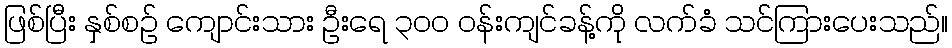
ဖြစ်ပြီး နှစ်စဉ် ကျောင်းသား ဦးရေ ၃၀၀ ဝန်းကျင်ခန့်ကို လက်ခံ သင်ကြားပေးသည်။